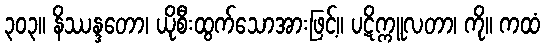
၃၀၃။ နိဿန္ဒတော၊ ယိုစီးထွက်သောအားဖြင့်။ ပဋိက္ကူလတာ၊ ကို။ ကထံ